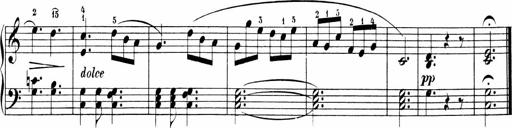
Title: 6 Sonatinas
Composer: Carl Reinecke